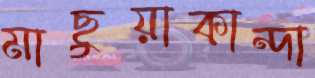
মাছুয়াকান্দা